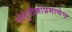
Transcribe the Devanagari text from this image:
पोर्तुंगीजांप्रमाणेच